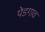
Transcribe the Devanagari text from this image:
पेडगाव